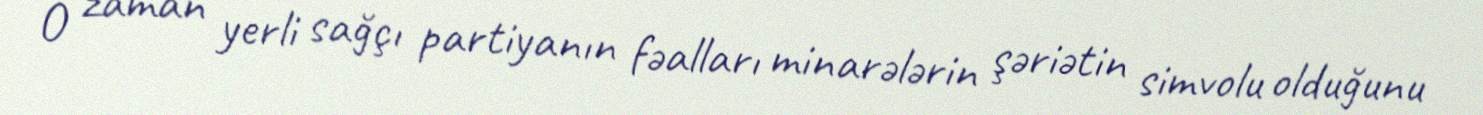
O zaman yerli sağçı partiyanın fəalları minarələrin şəriətin simvolu olduğunu